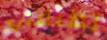
تطلقي